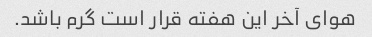
هوای آخر این هفته قرار است گرم باشد.